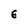
Character: E